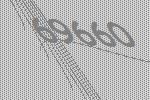
69660